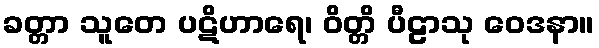
ခတ္တာ သူတေ ပဋိဟာရေ၊ ဝိတ္တိ ပီဠာသု ဝေဒနာ။